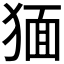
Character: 𤟯